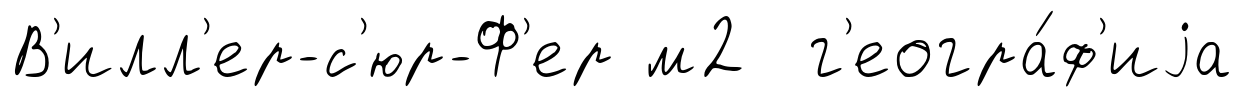
В'илл'ер-с'юр-Ф'ер м2 г'еогра́ф'иjа